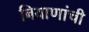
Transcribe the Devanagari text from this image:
बियाणांची